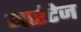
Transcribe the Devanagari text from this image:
मारेटेज